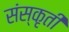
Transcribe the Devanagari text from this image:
संस्कृती